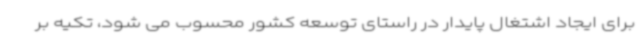
برای ایجاد اشتغال پایدار در راستای توسعه کشور محسوب می شود، تکیه بر